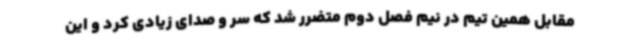
مقابل همین تیم در نیم فصل دوم متضرر شد که سر و صدای زیادی کرد و این